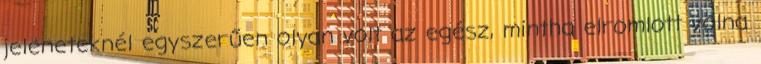
jeleneteknél egyszerűen olyan volt az egész, mintha elromlott volna